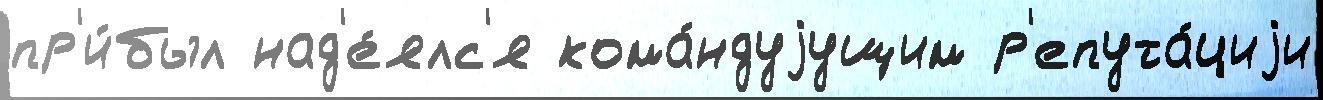
пр'и́был над'е́ялс'я кома́ндуjущим р'епута́циjи